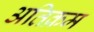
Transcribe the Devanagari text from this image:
अतिक्रम